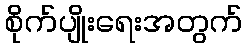
စိုက်ပျိုးရေးအတွက်